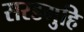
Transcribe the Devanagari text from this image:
सरडगुहि